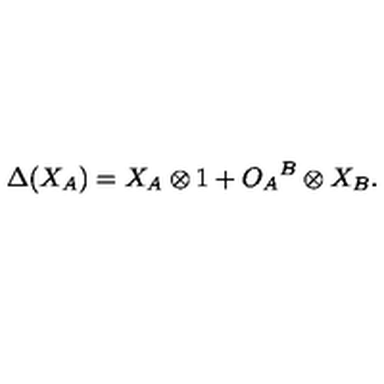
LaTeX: \Delta ( X _ { A } ) = X _ { A } \otimes 1 + { O _ { A } } ^ { B } \otimes X _ { B } .